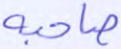
صاحبه